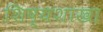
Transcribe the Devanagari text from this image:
शिष्यशाखा